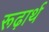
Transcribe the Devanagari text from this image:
रूढ़ार्थ